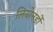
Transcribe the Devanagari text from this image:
लियोनर्डो